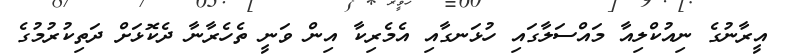
އީރާނުގެ ނިއުކްލިއާ މައްސަލާގައި ހުޅަނގާއި އެމެރިކާ އިން ވަނީ ތެހެރާނާ ދެކޮޅަށް ދަތިކުރުމުގެ